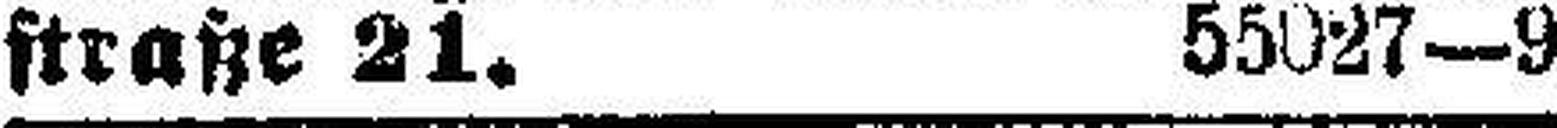
straße 21. 55027—9